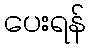
ပေးရန်